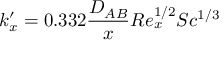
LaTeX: k _ { x } ^ { \prime } = 0 . 3 3 2 { \frac { D _ { A B } } { x } } R e _ { x } ^ { 1 / 2 } S c ^ { 1 / 3 }